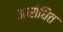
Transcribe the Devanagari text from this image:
आरोधित